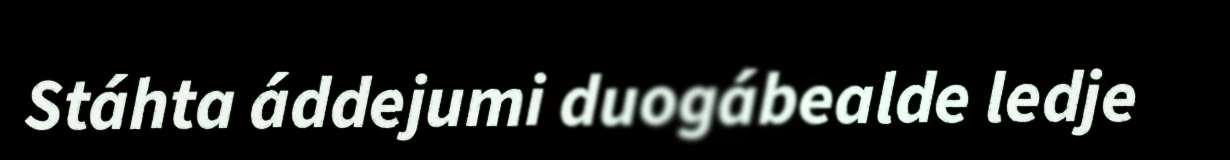
Stáhta áddejumi duogábealde ledje